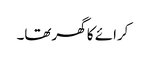
کرائے کا گھرتھا۔